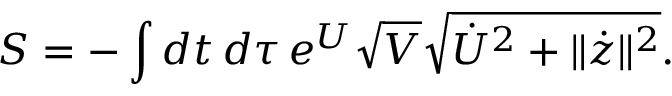
S = - \int d t \, d \tau \, e ^ { U } \sqrt { V } \sqrt { \dot { U } ^ { 2 } + \| \dot { z } \| ^ { 2 } } .